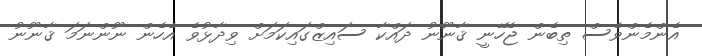
އެންމެންވެސް ތިބެން ޖެހޭނީ ޤާނޫނު ދައްކާ ސައިޒްގައިކަމަށް ވިދާޅުވެ އެހެން ނޫންނަމަ ޤާނޫނު